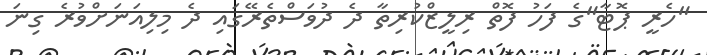
"ހެރީ ޕޮޓާ"ގެ ފަހު ފޮތް ރިލީޒްކުރިތާ ދެ ދުވަސްތެރޭގައި ދެ މިލިއަނަށްވުރެ ގިނަ